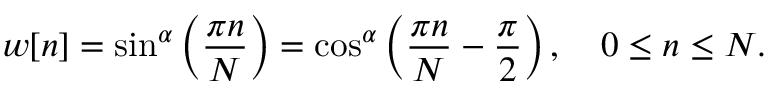
w [ n ] = \sin ^ { \alpha } \left( { \frac { \pi n } { N } } \right) = \cos ^ { \alpha } \left( { \frac { \pi n } { N } } - { \frac { \pi } { 2 } } \right) , \quad 0 \leq n \leq N .